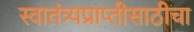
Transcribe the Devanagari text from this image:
स्वातंत्र्यप्राप्तीसाठीचा